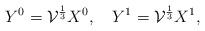
LaTeX: \begin{align*}Y^{0}={\cal V}^{\frac{1}{3}}X^{0},\quad Y^{1}={\cal V}^{\frac{1}{3}}X^{1},\end{align*}